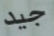
جيد